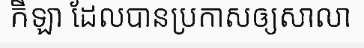
កីឡា ដែលបានប្រកាសឲ្យសាលា